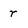
Character: r